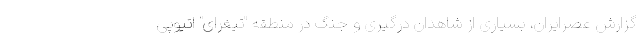
گزارش عصرایران، بسیاری از شاهدان درگیری و جنگ در منطقه "تیغرای" اتیوپی